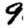
Digit: 9